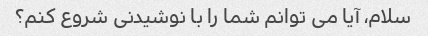
سلام، آیا می توانم شما را با نوشیدنی شروع کنم؟